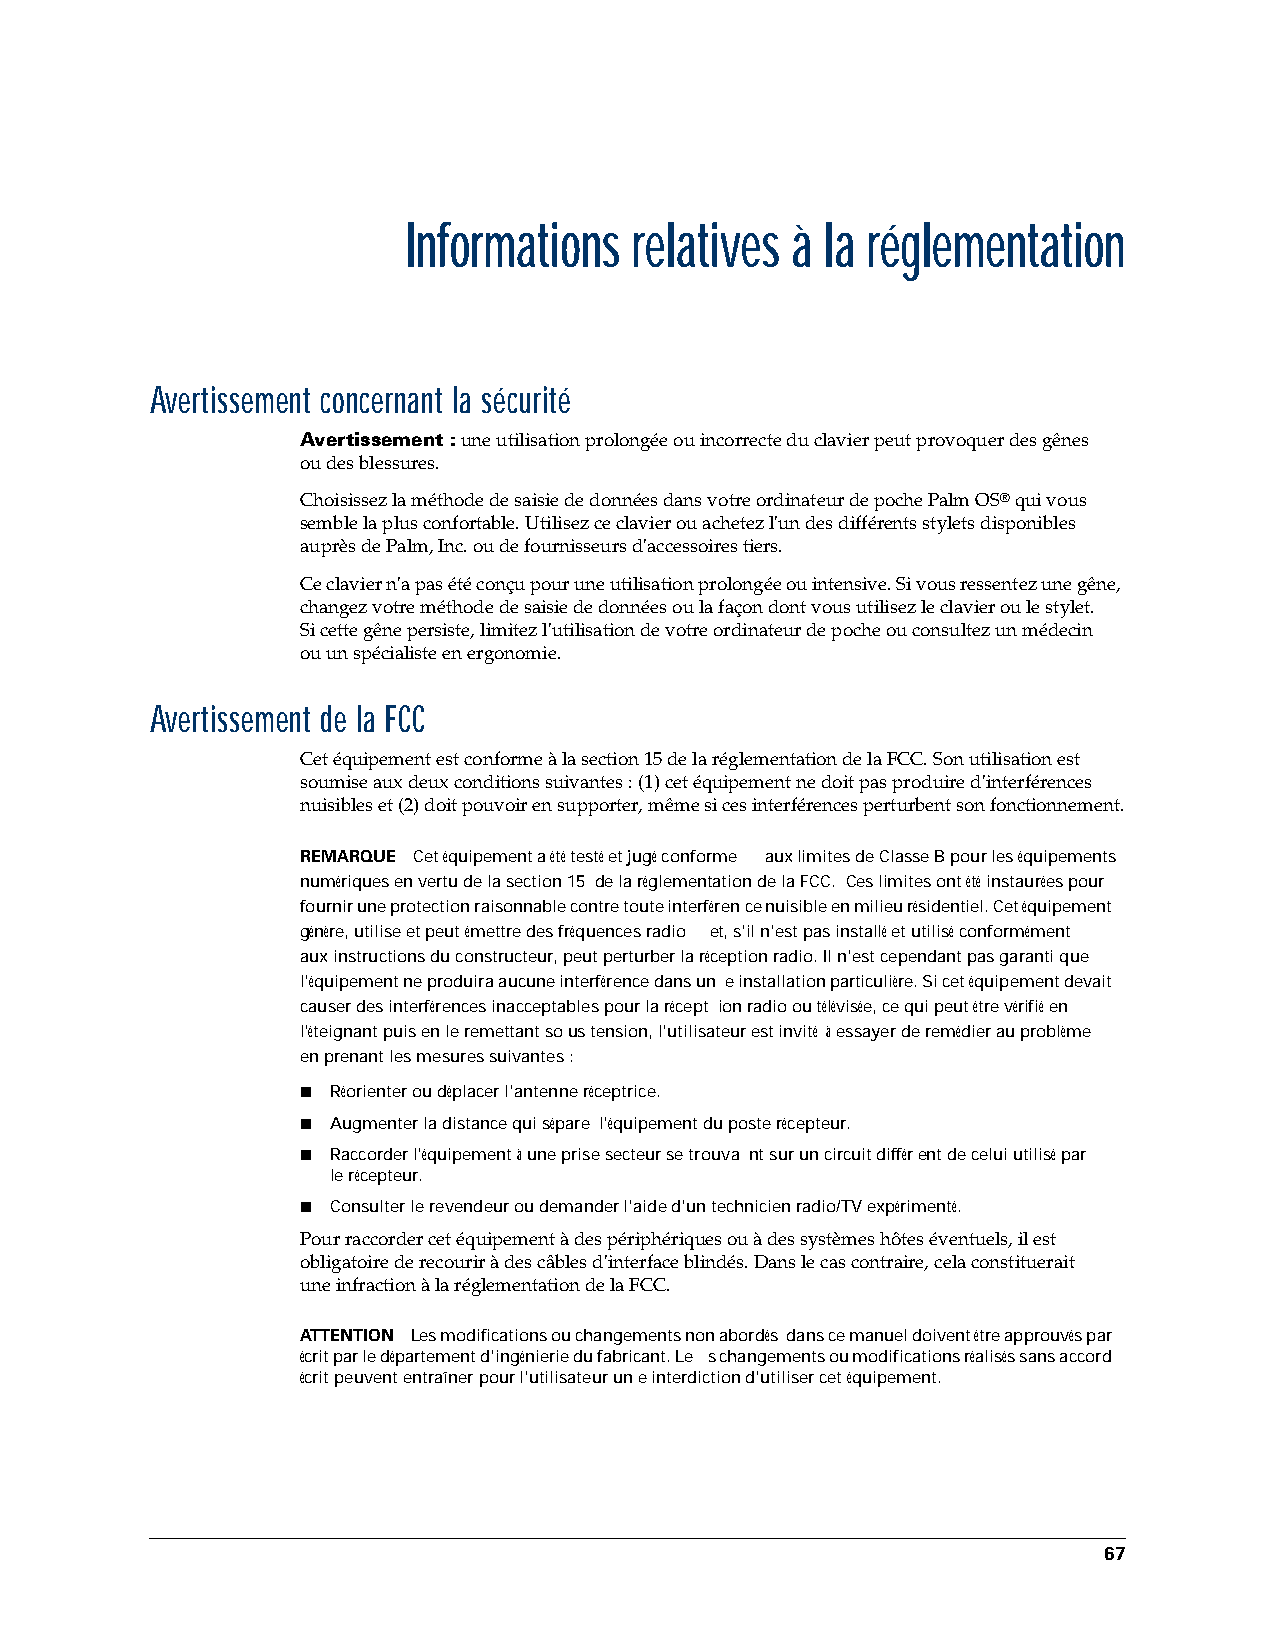
Informations   relatives à  la réglementation
 Avertissement concernant la sécurité
 Avertissement : une utilisation prolongée ou incorrecte du clavier peut provoquer des gênes
 oudes blessures.
 Choisissez la méthode de saisie de données dans votre ordinateur de poche Palm OS® qui vous
 semble la plus confortable. Utilisez ce clavier ou achetez l'un des différents stylets disponibles
 auprèsde Palm,Inc. ou de fournisseurs d'accessoires tiers.
 Ce clavier n'a pas été conçu pour une utilisation prolongée ou intensive. Si vous ressentez une gêne,
 changez votre méthode de saisie de données ou la façon dont vous utilisez le clavier ou le stylet.
 Sicette gêne persiste, limitez l'utilisation de votre ordinateur de poche ou consultez un médecin
 ouun spécialiste en ergonomie.
 Avertissement de la FCC
 Cet équipement est conforme à la section15 de la réglementation de la FCC. Son utilisation est
 soumise aux deux conditions suivantes: (1) cet équipement ne doit pas produire d'interférences
 nuisibles et (2) doit pouvoir en supporter, même si ces interférences perturbent son fonctionnement.
 REMARQUE Cet équipement a été testé et jugé conforme aux limites de ClasseB pour les équipements
 numériques en vertu de la section15 de la réglementation de la FCC. Ces limites ont été instaurées pour
 fournir une protection raisonnable contre toute interférence nuisible en milieu résidentiel. Cet équipement
 génère, utilise et peut émettre des fréquences radio et, s'il n'est pas installé et utilisé conformément
 auxinstructions du constructeur, peut perturber la réception radio. Il n'est cependant pas garanti que
 l'équipement ne produira aucune interférence dans un e installation particulière. Si cet équipement devait
 causer des interférences inacceptables pour la récept ion radio ou télévisée, ce qui peut être vérifié en
 l'éteignant puis en le remettant sous tension, l'utilisateur est invité à essayer de remédier au problème
 enprenant les mesures suivantes:
 ■ Réorienter ou déplacer l'antenne réceptrice.
 ■ Augmenter la distance qui sépare l'équipement du poste récepteur.
 ■ Raccorder l'équipement à une prise secteur se trouva nt sur un circuit différent de celui utilisé par
 lerécepteur.
 ■ Consulter le revendeur ou demander l'aide d'un technicien radio/TV expérimenté.
 Pour raccorder cet équipement à des périphériques ou à des systèmes hôtes éventuels, il est
 obligatoire de recourir à des câbles d'interface blindés. Dans le cas contraire, cela constituerait
 uneinfraction à la réglementation de la FCC.
 ATTENTION Les modifications ou changements non abordés dans ce manuel doivent être approuvés par
 écrit par le département d'ingénierie du fabricant. Le s changements ou modifications réalisés sans accord
 écrit peuvent entraîner pour l'utilisateur une interdiction d'utiliser cet équipement.
 67